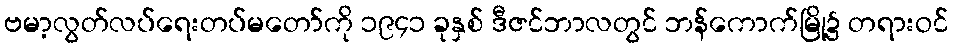
ဗမာ့လွတ်လပ်ရေးတပ်မတော်ကို ၁၉၄၁ ခုနှစ် ဒီဇင်ဘာလတွင် ဘန်ကောက်မြို့၌ တရားဝင်